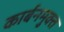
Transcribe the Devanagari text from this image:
कार्बनमुक्त